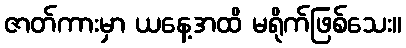
ဇာတ်ကားမှာ ယနေ့အထိ မရိုက်ဖြစ်သေး။